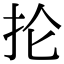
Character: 抡